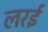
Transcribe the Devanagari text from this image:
लरई